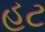
હટ